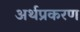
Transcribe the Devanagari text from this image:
अर्थप्रकरण